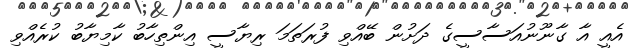
އެއީ އާ ގާނޫނުއަސާސީގެ ދަށުން ބޭއްވި ފުރަތަމަ ރިޔާސީ އިންތިހާބު ކާމިޔާބު ކުރެއްވި